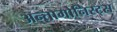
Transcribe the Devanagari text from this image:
अन्तागोनिस्ट्स